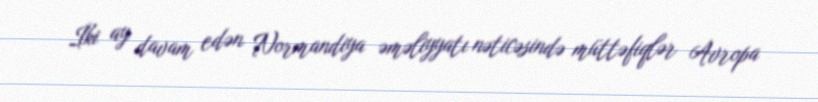
İki ay davam edən Normandiya əməliyyatı nəticəsində müttəfiqlər Avropa